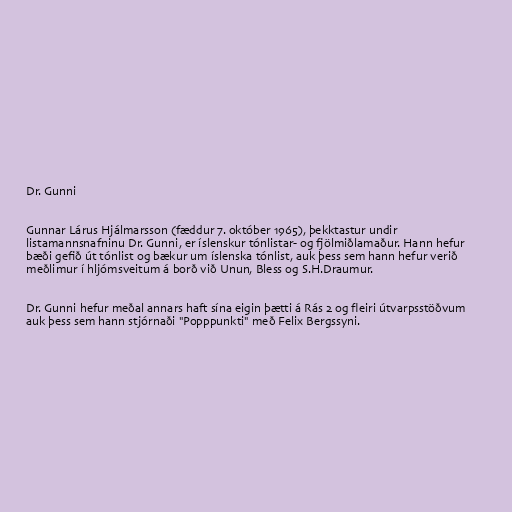
Dr. Gunni

Gunnar Lárus Hjálmarsson (fæddur 7. október 1965), þekktastur undir
listamannsnafninu Dr. Gunni, er íslenskur tónlistar- og fjölmiðlamaður. Hann hefur
bæði gefið út tónlist og bækur um íslenska tónlist, auk þess sem hann hefur verið
meðlimur í hljómsveitum á borð við Unun, Bless og S.H.Draumur.

Dr. Gunni hefur meðal annars haft sína eigin þætti á Rás 2 og fleiri útvarpsstöðvum
auk þess sem hann stjórnaði "Popppunkti" með Felix Bergssyni.